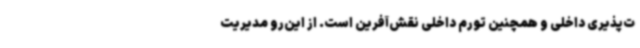
ت‌پذیری داخلی و همچنین تورم داخلی نقش‌آفرین است. از این‌رو مدیریت